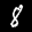
Label: 8